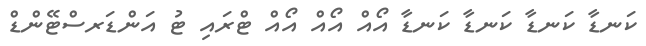
ކަނޑާ ކަނޑާ ކަނޑާ ކަނޑާ އޯއް އޯއް އޯއް ޓްރައި ޓު އަންޑަރސްޓޭންޑް